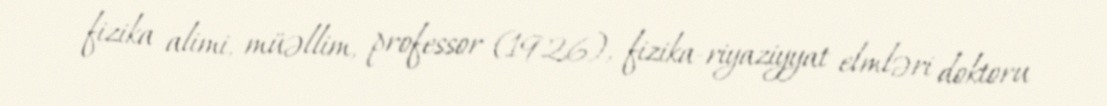
fizika alimi, müəllim, professor (1926), fizika-riyaziyyat elmləri doktoru